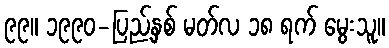
၉၉။ ၁၉၉၀-ပြည့်နှစ် မတ်လ ၁၈ ရက် မွေးသူ။